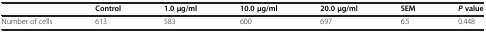
<table><thead><tr><td><b> </b></td><td><b>Control</b></td><td><b>1.0 μg/ml</b></td><td><b>10.0 μg/ml</b></td><td><b>20.0 μg/ml</b></td><td><b>SEM</b></td><td><b><i>P</i>value</b></td></tr></thead><tbody><tr><td>Number of cells</td><td>613</td><td>583</td><td>600</td><td>697</td><td>6.5</td><td>0.448</td></tr></tbody></table>